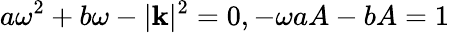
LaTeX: a\omega^{2}+b\omega-|\mathbf{k}|^{2}=0,-\omega aA-bA=1